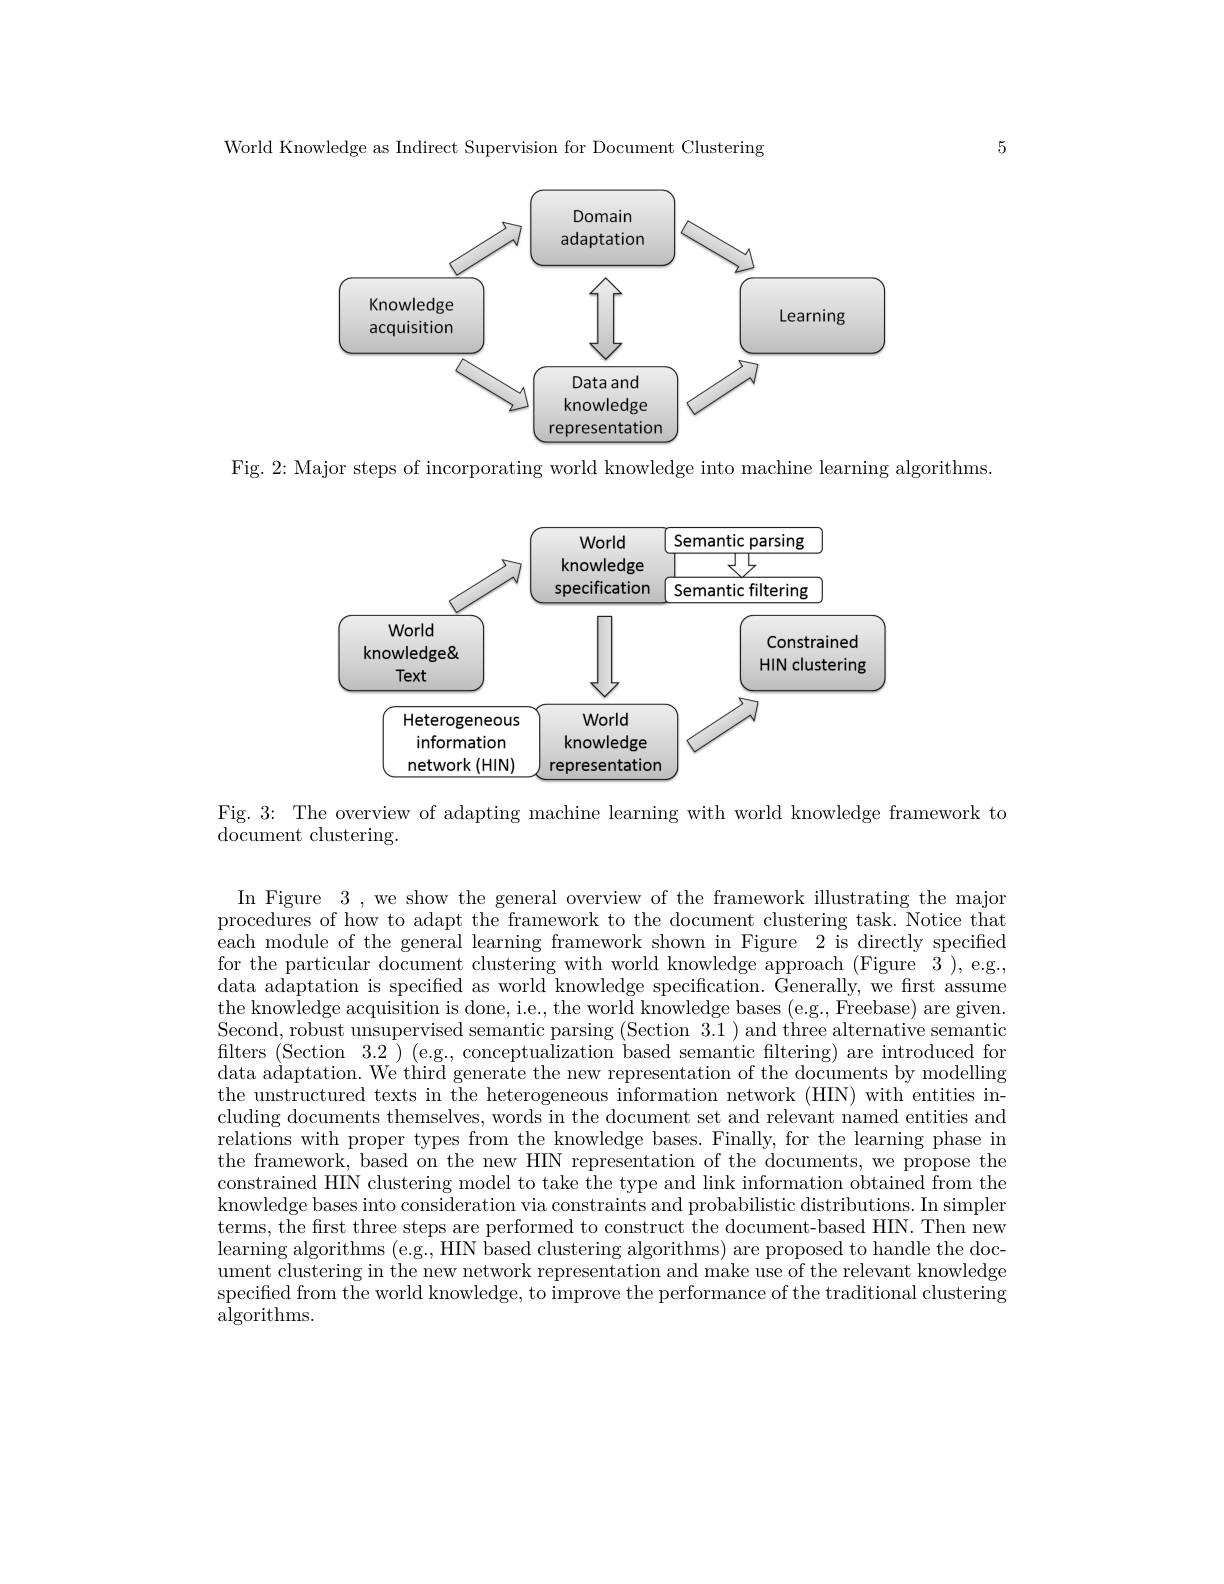
5

World Knowledge as Indirect Supervision for Document Clustering

<FigureHere>

Fig. 2: Major steps of incorporating world knowledge into machine learning algorithms

<FigureHere>

Fig. 3: The overview of adapting machine learning with world knowledge framework to
document clustering.

In Figure 3,we show the general overview of the framework illustrating the major procedures of how to adapt the framework to the document clustering task. Notice that $\dot{\text{each module of the general learning framework shown in Figure 2 is directly specified}}$ for the particular document clustering with world knowledge approach (Figure 3 ), e.g., data adaptation is specified as world knowledge specification. Generally, we first assume the knowledge acquisition is done, i.e., the world knowledge bases (e.g., Freebase) are given. Second, robust unsupervised semantic parsing (Section 3.1) and three alternative semantic filters (Section 3.2) (e.g., conceptualization based semantic filtering) are introduced for data adaptation. We'third generate the new representation of the documents by modelling the unstructured texts in the heterogeneous information network (HIN) with entities including documents themselves, words in the document set and relevant named entities and relations with proper types from the knowledge bases. Finally, for the learning phase in the framework, based on the new HIN representation of the documents, we propose the constrained HIN clustering model to take the type and link information obtained from the knowledge bases into consideration via constraints and probabilistic distributions. In simpler terms, the frst three steps are performed to construct the document-based HIN. Then new learning algorithms (e.g., HIN based clustering algorithms) are proposed to handle the document clustering in the new network representation and make use of the relevant knowledge specified from the world knowledge, to improve the performance of the traditional clustering ${\bar{\mathrm{algorithms.}}}$